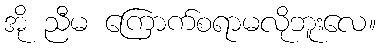
အို ညီမ ကြောက်စရာမလိုဘူးလေ။